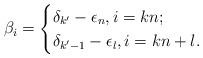
\begin{align*}\beta_i=\begin{cases} \delta_{k'}-\epsilon_n, i=kn;\cr\delta_{k'-1}-\epsilon_l, i=kn+l.\end{cases}\end{align*}